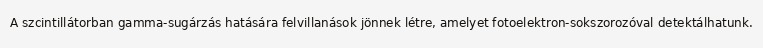
A szcintillátorban gamma-sugárzás hatására felvillanások jönnek létre, amelyet fotoelektron-sokszorozóval detektálhatunk.